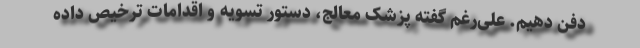
دفن دهیم. علی‌رغم گفته پزشک معالج، دستور تسویه و اقدامات ترخیص داده